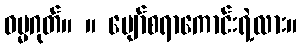
ဓမ္မဂုတ်။ ။ ပျော်စရာကောင်းရဲ့လား။